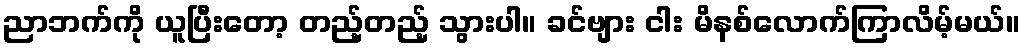
ညာဘက်ကို ယူပြီးတော့ တည့်တည့် သွားပါ။ ခင်ဗျား ငါး မိနစ်လောက်ကြာလိမ့်မယ်။